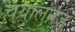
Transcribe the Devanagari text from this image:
चयालनज